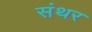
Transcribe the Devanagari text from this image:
संथर